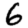
Digit: 6